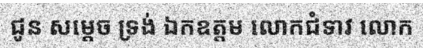
ជូន សម្តេច ទ្រង់ ឯកឧត្តម លោកជំទាវ លោក